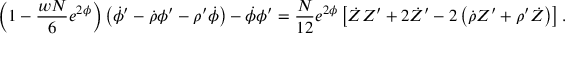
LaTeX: \left( 1 - \frac { w N } { 6 } e ^ { 2 \phi } \right) \left( \dot { \phi } ^ { \prime } - \dot { \rho } \phi ^ { \prime } - \rho ^ { \prime } \dot { \phi } \right) - \dot { \phi } \phi ^ { \prime } = \frac { N } { 1 2 } e ^ { 2 \phi } \left[ \dot { Z } Z ^ { \prime } + 2 \dot { Z } ^ { \prime } - 2 \left( \dot { \rho } Z ^ { \prime } + \rho ^ { \prime } \dot { Z } \right) \right] .